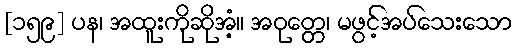
[၁၅၉] ပန၊ အထူးကိုဆိုအံ့။ အဝုတ္တေ၊ မဖွင့်အပ်သေးသော